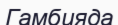
Гамбияда